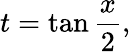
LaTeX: t=\tan{\frac{x}{2}},